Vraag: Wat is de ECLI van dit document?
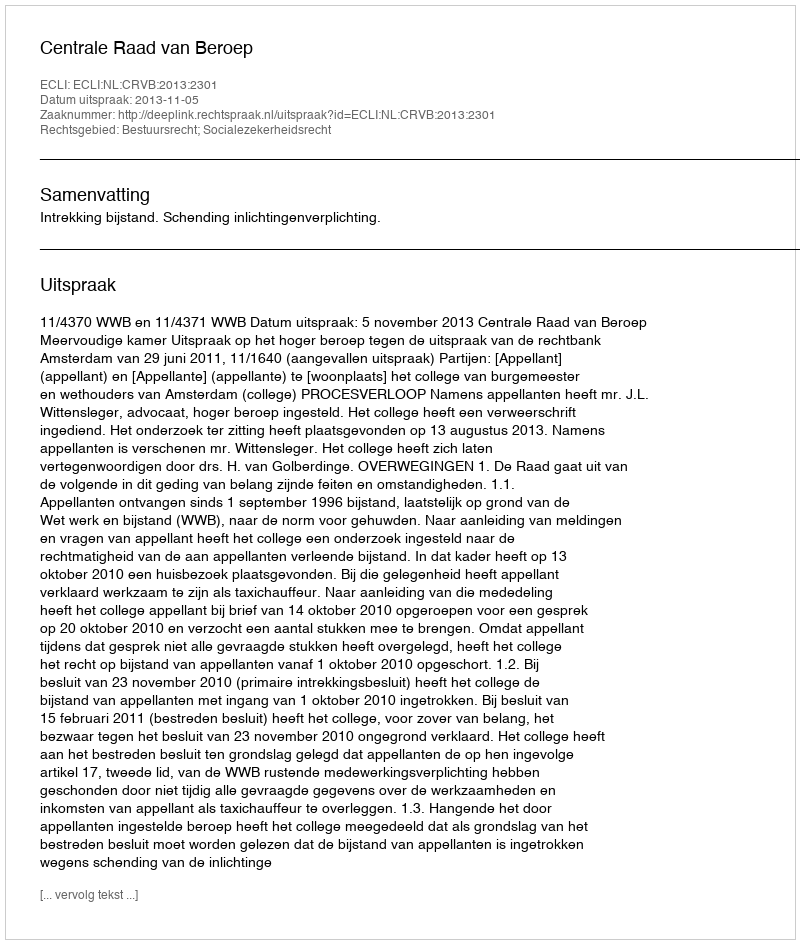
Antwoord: ECLI:NL:CRVB:2013:2301